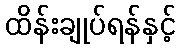
ထိန်းချုပ်ရန်နှင့်